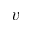
v